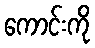
ကောင်းကို